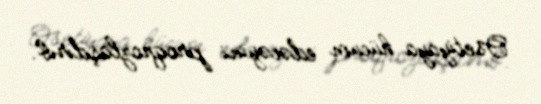
Osetiyaya hücum edəcəyini proqnozlaşdırıb.